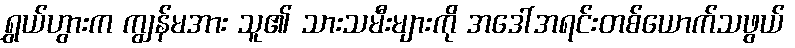
ရွှယ်ဟွားက ကျွန်မအား သူ၏ သားသမီးများကို အဒေါ်အရင်းတစ်ယောက်သဖွယ်